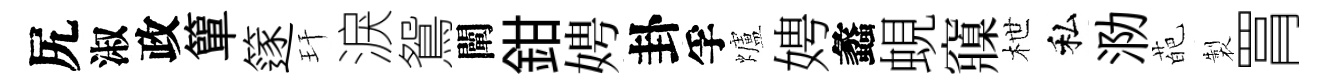
尻淑政簞篴玕淚鴛闡鉗娉卦孚爐娉蠡蜆䆿枻私泐葩製罥